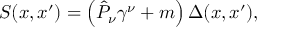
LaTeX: S ( x , x ^ { \prime } ) = \left( \hat { { \cal P } } _ { \nu } \gamma ^ { \nu } + m \right) \Delta ( x , x ^ { \prime } ) ,